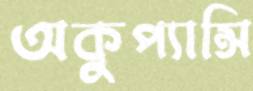
অকুপ্যান্সি